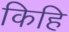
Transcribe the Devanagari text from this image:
किहि